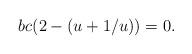
LaTeX: \begin{align*}bc(2-(u+1/u))=0.\end{align*}